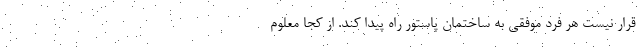
قرار نیست هر فرد موفقی به ساختمان پاستور راه پیدا کند. از کجا معلوم